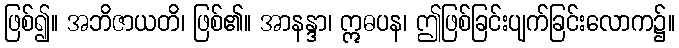
ဖြစ်၍။ အဘိဇာယတိ၊ ဖြစ်၏။ အာနန္ဒာ၊ ဣဓပန၊ ဤဖြစ်ခြင်းပျက်ခြင်းလောက၌။